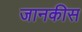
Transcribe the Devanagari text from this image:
जानकीस